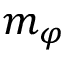
m _ { \varphi }